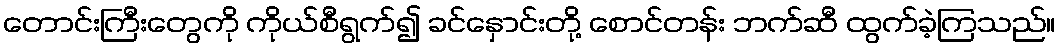
တောင်းကြီးတွေကို ကိုယ်စီရွက်၍ ခင်နှောင်းတို့ စောင်တန်း ဘက်ဆီ ထွက်ခဲ့ကြသည်။